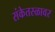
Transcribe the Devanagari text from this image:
संकेतस्ळावर